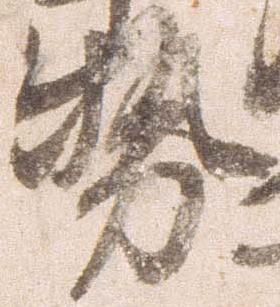
勢